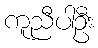
ကူညီပါဦး